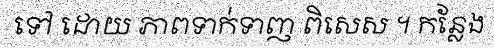
ទៅ ដោយ ភាពទាក់ទាញ ពិសេស ។ កន្លែង